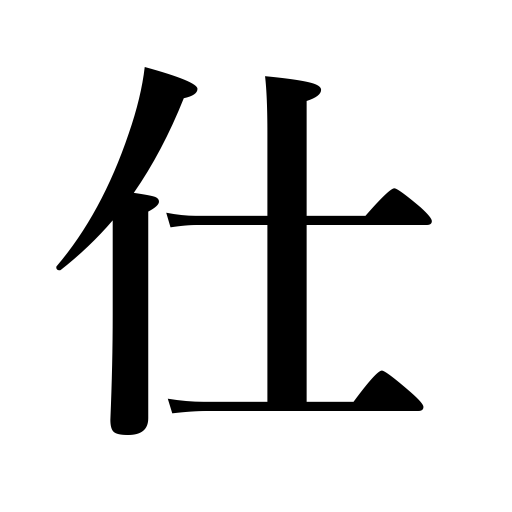
Meanings: work for,civil service,official,serve